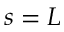
s = L